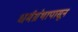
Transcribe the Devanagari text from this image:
धर्मग्रंथापासून